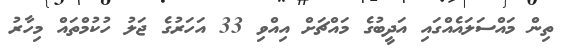
ތިިން މައްސަލައެއްގައި އަދީބުގެ މައްޗަށް އިއްވި 33 އަހަރުގެ ޖަލު ހުކުމްތައް މިހާރު